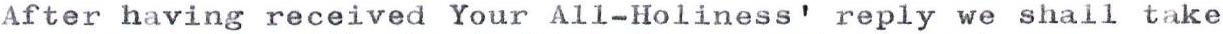
After having received Your All-Holiness' reply we shall take